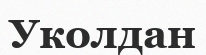
Уколдан